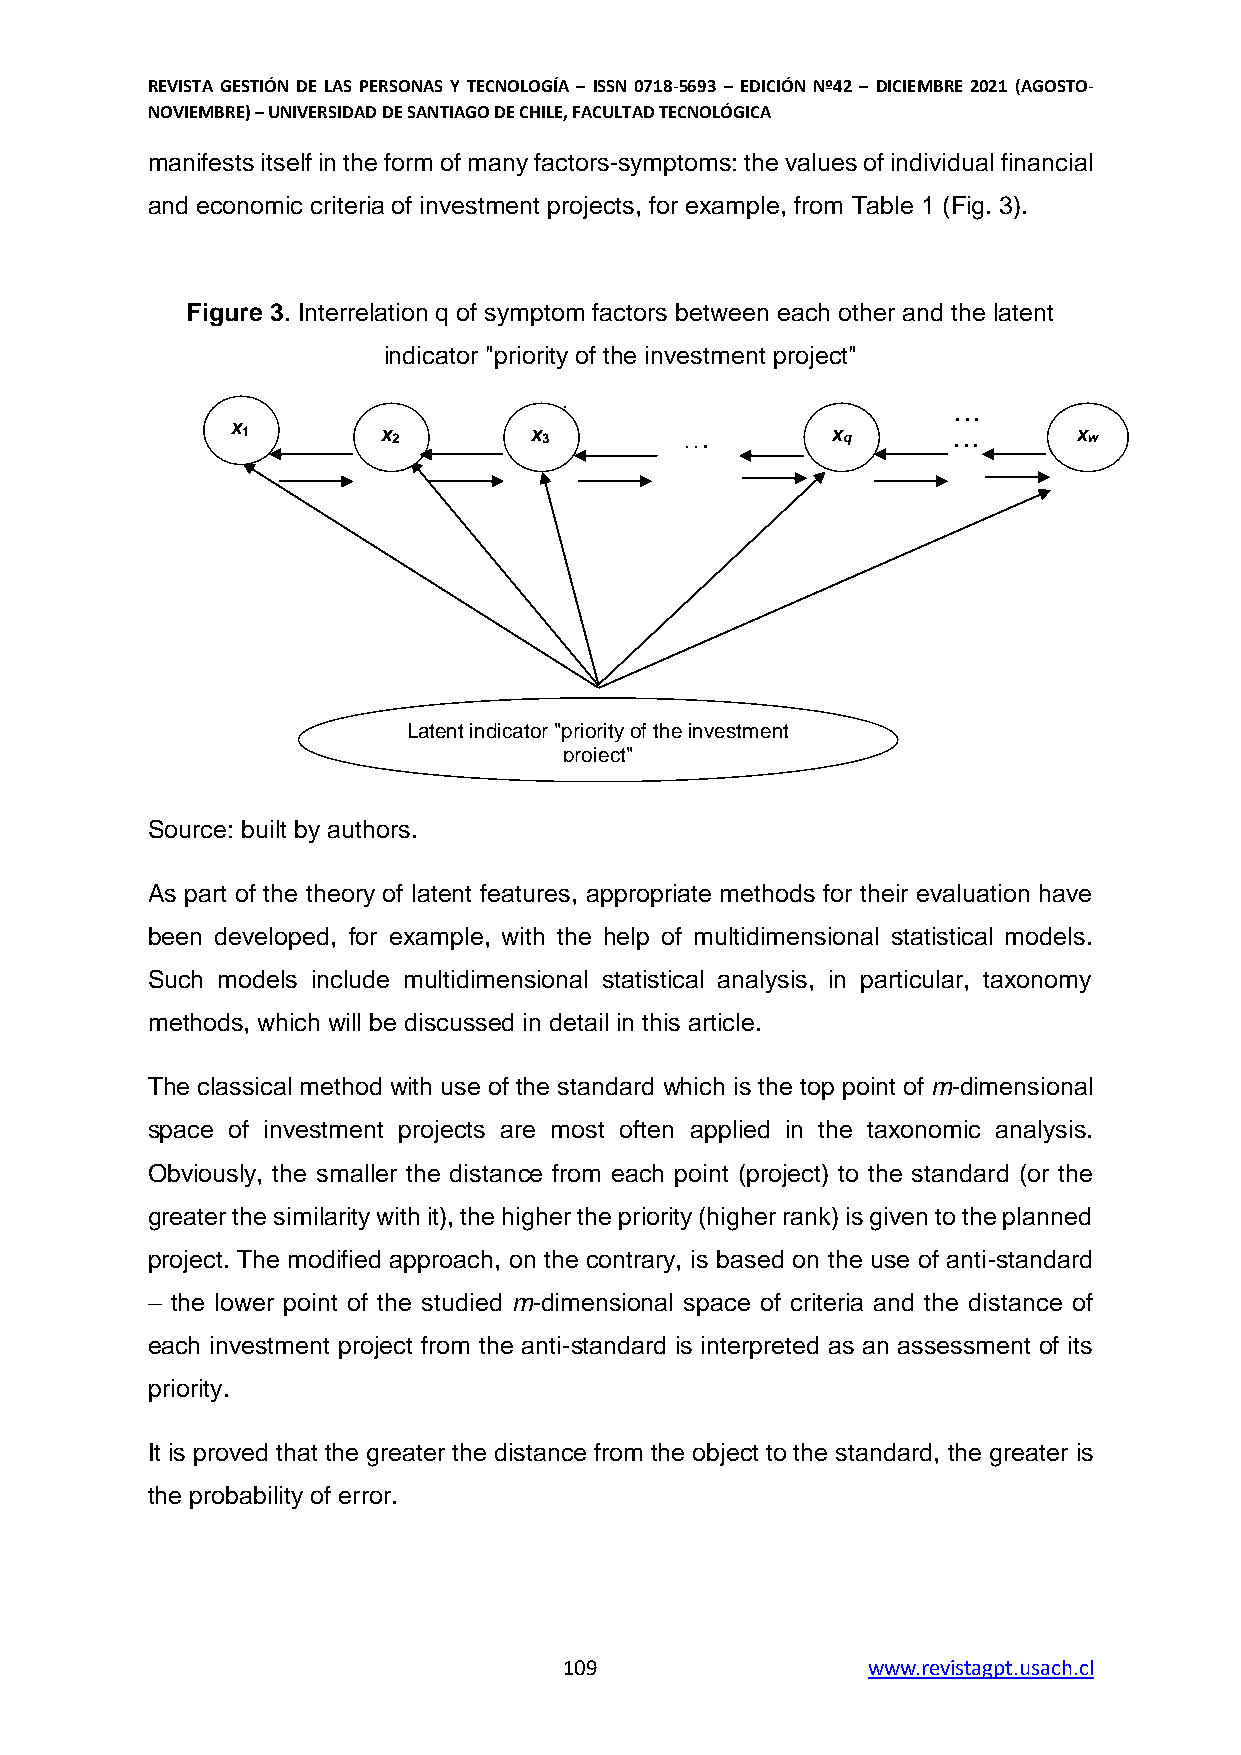
REVISTA GESTIÓN DE LAS PERSONAS Y TECNOLOGÍA – ISSN 0718-5693 – EDICIÓN Nº42 – DICIEMBRE 2021 (AGOSTO-
 NOVIEMBRE) – UNIVERSIDAD DE SANTIAGO DE CHILE, FACULTAD TECNOLÓGICA
 manifests itself in the form of many factors-symptoms: the values of individual financial
 and economic criteria of investment projects, for example, from Table 1 (Fig. 3).
 Figure 3. Interrelation q of symptom factors between each other and the latent
 indicator "priority of the investment project"
 …
 . . .
 х
 1        х 2       х 3       . . .     x q     . . .   x w
 Latent indicator "priority of the investment
 project"
 Source: built by authors.
 As part of the theory of latent features, appropriate methods for their evaluation have
 been developed, for example, with the help of multidimensional statistical models.
 Such models include multidimensional statistical analysis, in particular, taxonomy
 methods, which will be discussed in detail in this article.
 The classical method with use of the standard which is the top point of m-dimensional
 space of investment projects are most often applied in the taxonomic analysis.
 Obviously, the smaller the distance from each point (project) to the standard (or the
 greater the similarity with it), the higher the priority (higher rank) is given to the planned
 project. The modified approach, on the contrary, is based on the use of anti-standard
 – the lower point of the studied m-dimensional space of criteria and the distance of
 each investment project from the anti-standard is interpreted as an assessment of its
 priority.
 It is proved that the greater the distance from the object to the standard, the greater is
 the probability of error.
 109                 www.revistagpt.usach.cl